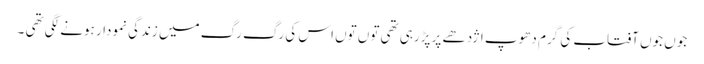
جوں جوں آفتاب کی گرم دھوپ اژدھے پر پڑرہی تھی توں توں اس کی رگ رگ میں زندگی نمودار ہونے لگی تھی ۔